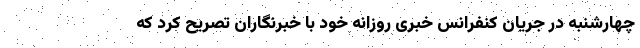
چهارشنبه در جریان کنفرانس خبری روزانه خود با خبرنگاران تصریح کرد که